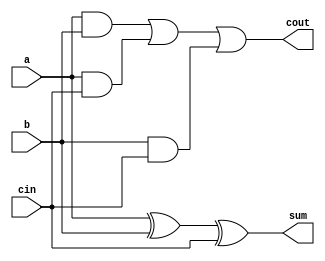
module somador_completo(
    input a,
    input b,
    input cin,
    output reg sum,
    output reg cout
);

always @(*) begin
    sum = a ^ b ^ cin;
    cout = (a & b) | (a & cin) | (b & cin);
end

endmodule